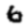
Digit: 6